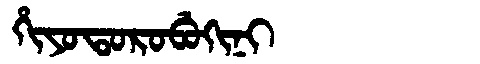
Manchu: ᡥᡳᠶᠣᡨᠣᡵᠣᠪᡠᡴᡳᠨᡳ
Romanization: HIYOTOROBUKINI